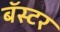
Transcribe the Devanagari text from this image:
बॅस्टर